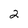
Character: 2